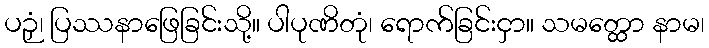
ပဉှံ၊ ပြဿနာဖြေခြင်းသို့။ ပါပုဏိတုံ၊ ရောက်ခြင်းငှာ။ သမတ္ထော နာမ၊